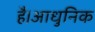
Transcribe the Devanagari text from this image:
है।आधुनिक